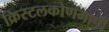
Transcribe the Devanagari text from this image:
क्रिस्टलकोणमापी